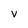
Character: v